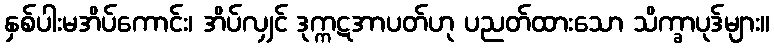
နှစ်ပါးမအိပ်ကောင်း၊ အိပ်လျှင် ဒုက္ကဋအာပတ်ဟု ပညတ်ထားသော သိက္ခာပုဒ်များ။